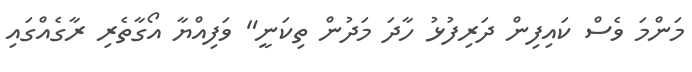
މަންމަ ވެސް ކައިފިން ދަރިފުޅު ހާދަ މަދުން ތިކަނީ" ވަފިއްޔާ އޯގާތެރި ރާގެއްގައި